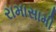
રામાસામી